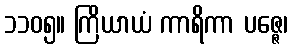
၁၁၀၅။ ကြိယာယံ ကာရိကာ ပဇ္ဇေ၊